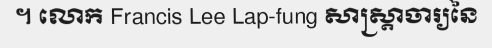
។ លោក Francis Lee Lap-fung សាស្ត្រាចារ្យនៃ